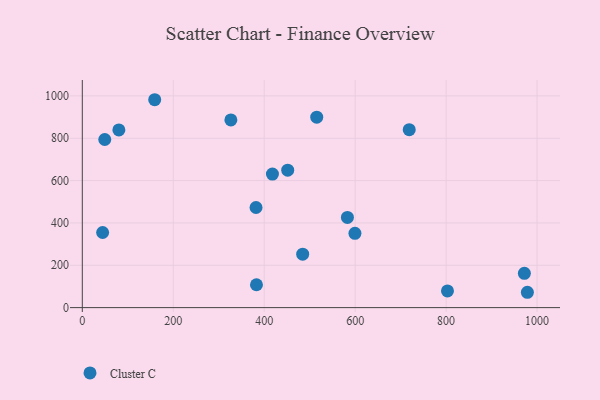
{"axis": {"x": "Study Hours", "y": "Salary"}, "legend": ["Cluster C"], "data": [{"x": "978.7", "y": 72.5, "type": "Cluster C"}, {"x": "718.9", "y": 840.5, "type": "Cluster C"}, {"x": "451.7", "y": 649.3, "type": "Cluster C"}, {"x": "515.5", "y": 899.5, "type": "Cluster C"}, {"x": "583.0", "y": 426.0, "type": "Cluster C"}, {"x": "972.1", "y": 162.2, "type": "Cluster C"}, {"x": "382.0", "y": 473.0, "type": "Cluster C"}, {"x": "44.7", "y": 354.9, "type": "Cluster C"}, {"x": "803.0", "y": 78.9, "type": "Cluster C"}, {"x": "80.4", "y": 839.2, "type": "Cluster C"}, {"x": "418.1", "y": 630.7, "type": "Cluster C"}, {"x": "599.5", "y": 351.1, "type": "Cluster C"}, {"x": "159.2", "y": 982.0, "type": "Cluster C"}, {"x": "326.7", "y": 886.6, "type": "Cluster C"}, {"x": "484.6", "y": 252.6, "type": "Cluster C"}, {"x": "49.4", "y": 794.2, "type": "Cluster C"}, {"x": "383.0", "y": 108.0, "type": "Cluster C"}]}